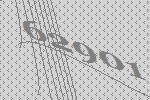
62901